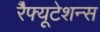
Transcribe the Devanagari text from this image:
रेैफ्यूटेशन्स